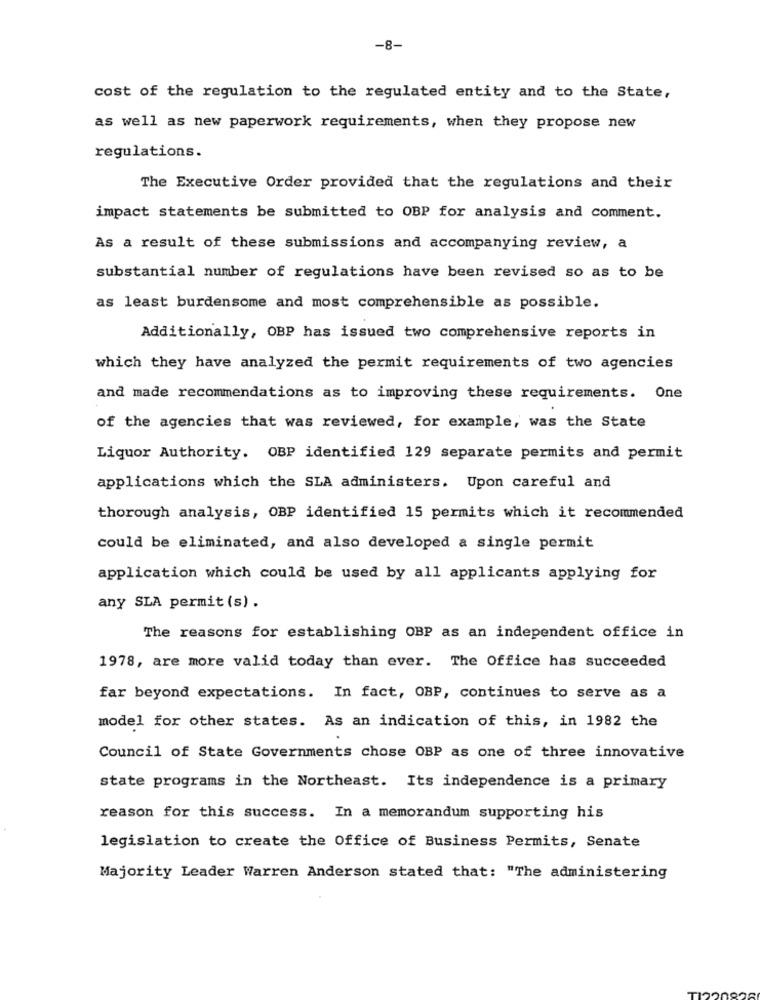
-8-
cost of the regulation to the regulated entity and to the State,
as well as new paperwork requirements, when they propose new
regulations.
The Executive Order provided that the regulations and their
impact statements be submitted to OBP for analysis and comment.
As a result of these submissions and accompanying review, a
substantial number of regulations have been revised so as to be
as least burdensome and most comprehensible as possible.
Additionally, OBP has issued two comprehensive reports in
which they have analyzed the permit requirements of two agencies
and made recommendations as to improving these requirements. One
of the agencies that was reviewed, for example, was the State
Liquor Authority. OBP identified 129 separate permits and permit
applications which the SLA administers. Upon careful and
thorough analysis, OBP identified 15 permits which it recommended
could be eliminated, and also developed a single permit
application which could be used by all applicants applying for
any SLA permit (s) .
The reasons for establishing OBP as an independent office in
1978, are more valid today than ever. The Office has succeeded
far beyond expectations. In fact, OBP, continues to serve as a
model for other states. As an indication of this, in 1982 the
Council of State Governments chose OBP as one of three innovative
state programs in the Northeast. Its independence is a primary
reason for this success. In a memorandum supporting his
legislation to create the Office of Business Permits, Senate
Majority Leader Warren Anderson stated that: "The administering